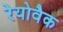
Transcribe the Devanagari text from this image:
रेयोवैक